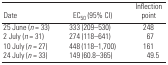
<table><thead><tr><td><b>Date</b></td><td><b>EC<sub>50</sub> (95% CI)</b></td><td><b>Inflection point</b></td></tr></thead><tbody><tr><td>25 June (<i>n</i> = 33)</td><td>333 (209–530)</td><td>248</td></tr><tr><td>2 July (<i>n</i> = 31)</td><td>274 (118–641)</td><td>67</td></tr><tr><td>10 July (<i>n</i> = 27)</td><td>448 (118–1,700)</td><td>161</td></tr><tr><td>24 July (<i>n</i> = 33)</td><td>149 (60.8–365)</td><td>49.5</td></tr></tbody></table>